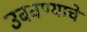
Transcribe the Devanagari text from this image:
उबवण्याचे